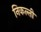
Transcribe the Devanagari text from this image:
निकल्ती